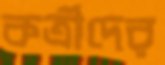
কর্ত্রীদের